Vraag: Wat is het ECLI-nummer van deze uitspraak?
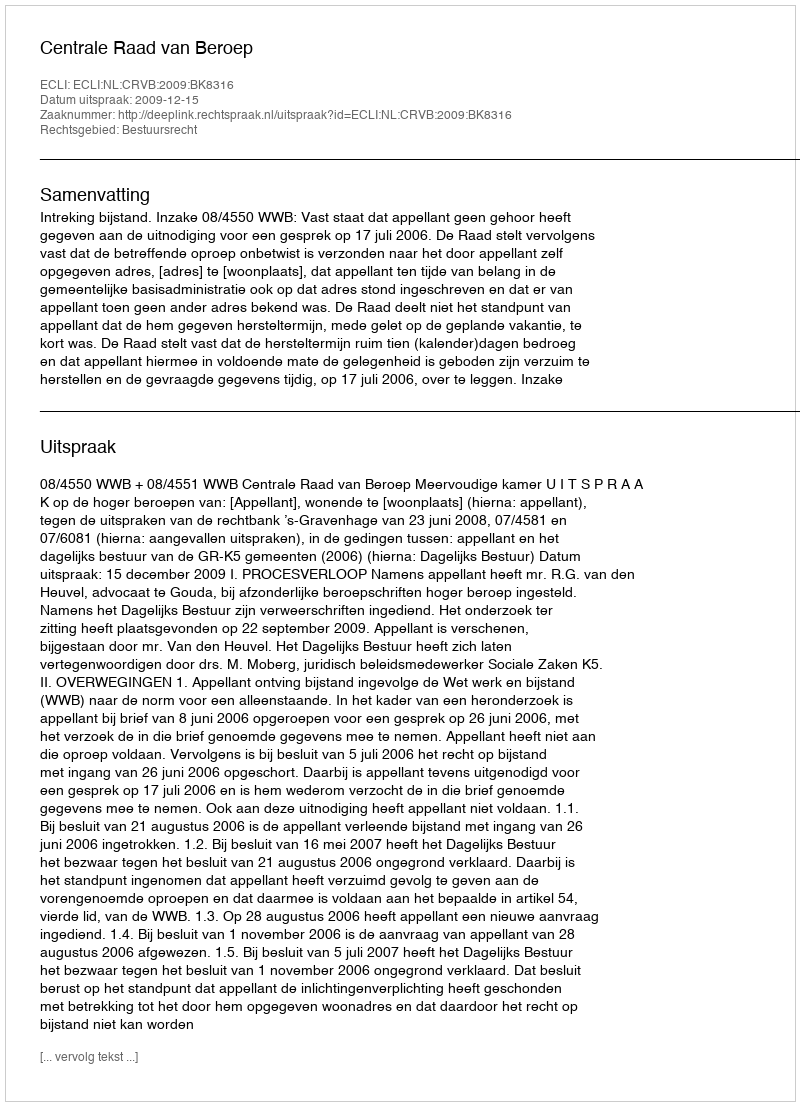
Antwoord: ECLI:NL:CRVB:2009:BK8316